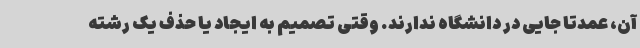
آن، عمدتاً جایی در دانشگاه ندارند. وقتی تصمیم به ایجاد یا حذف یک رشته